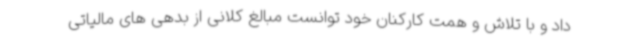
داد و با تلاش و همت کارکنان خود توانست مبالغ کلانی از بدهی های مالیاتی